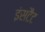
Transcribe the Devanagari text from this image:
इंसटैंट